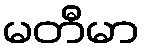
မတီမာ